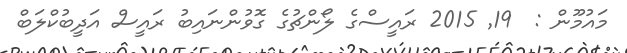
މައުމޫން :  19